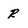
Character: R